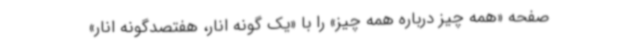
صفحه «همه چیز درباره همه چیز» را با «یک گونه انار، هفتصدگونه انار»